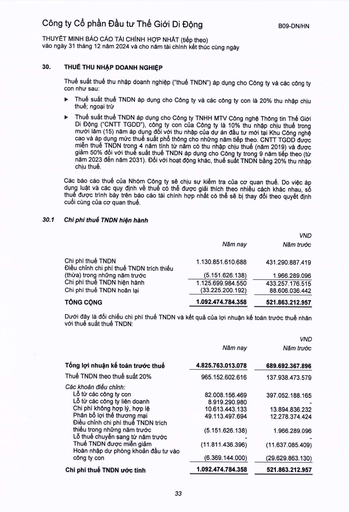
||Năm nay|VND Năm trước| |---|---|---| |Chi phí thuế TNDN|1.130.851.610.688|431.290.887.419| |Điều chỉnh chi phí thuế TNDN trích thiếu (thừa) trong những năm trước|(5.151.626.138)|1.966.289.096| |Chi phí thuế TNDN hiện hành|1.125.699.984.550|433.257.176.515| |Chi phí thuế TNDN hoãn lại|(33.225.200.192)|88.606.036.442| |TỔNG CỘNG|1.092.474.784.358|521.863.212.957| ||Năm nay|VND Năm trước| |---|---|---| |Tổng lợi nhuận kế toán trước thuế|4.825.763.013.078|689.692.367.896| |Thuế TNDN theo thuế suất 20%|965.152.602.616|137.938.473.579| |Các khoản điều chỉnh:||| |Lãi từ các công ty con|82.008.156.469|397.052.188.165| |Lãi từ các công ty liên doanh|8.919.290.980|| |Chi phí không hợp lý, hợp lệ|10.613.443.133|13.894.836.232| |Phân bổ lợi thế thương mại|49.113.497.694|12.278.374.424| |Điều chỉnh chi phí thuế TNDN trích thiếu trong những năm trước|(5.151.626.138)|1.966.289.096| |Lỗ thuế chuyển sang từ năm trước Thuế TNDN được miễn giảm|(11.811.436.396)|(11.637.085.409)| |Hoàn nhập dự phòng khoản đầu tư vào công ty con|(6.369.144.000)|(29.629.863.130)| |Chi phí thuế TNDN ước tính|1.092.474.784.358|521.863.212.957|